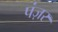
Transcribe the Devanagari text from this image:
पंज़र